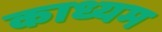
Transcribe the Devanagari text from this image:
काध्यम